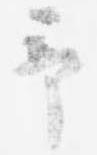
予